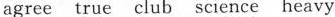
agree true club science heavy